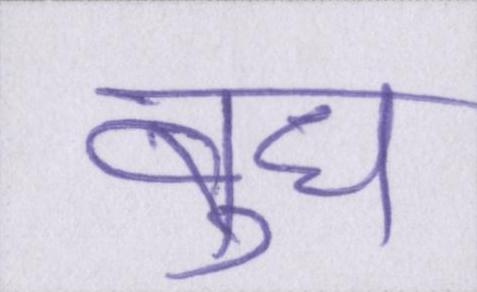
बुध